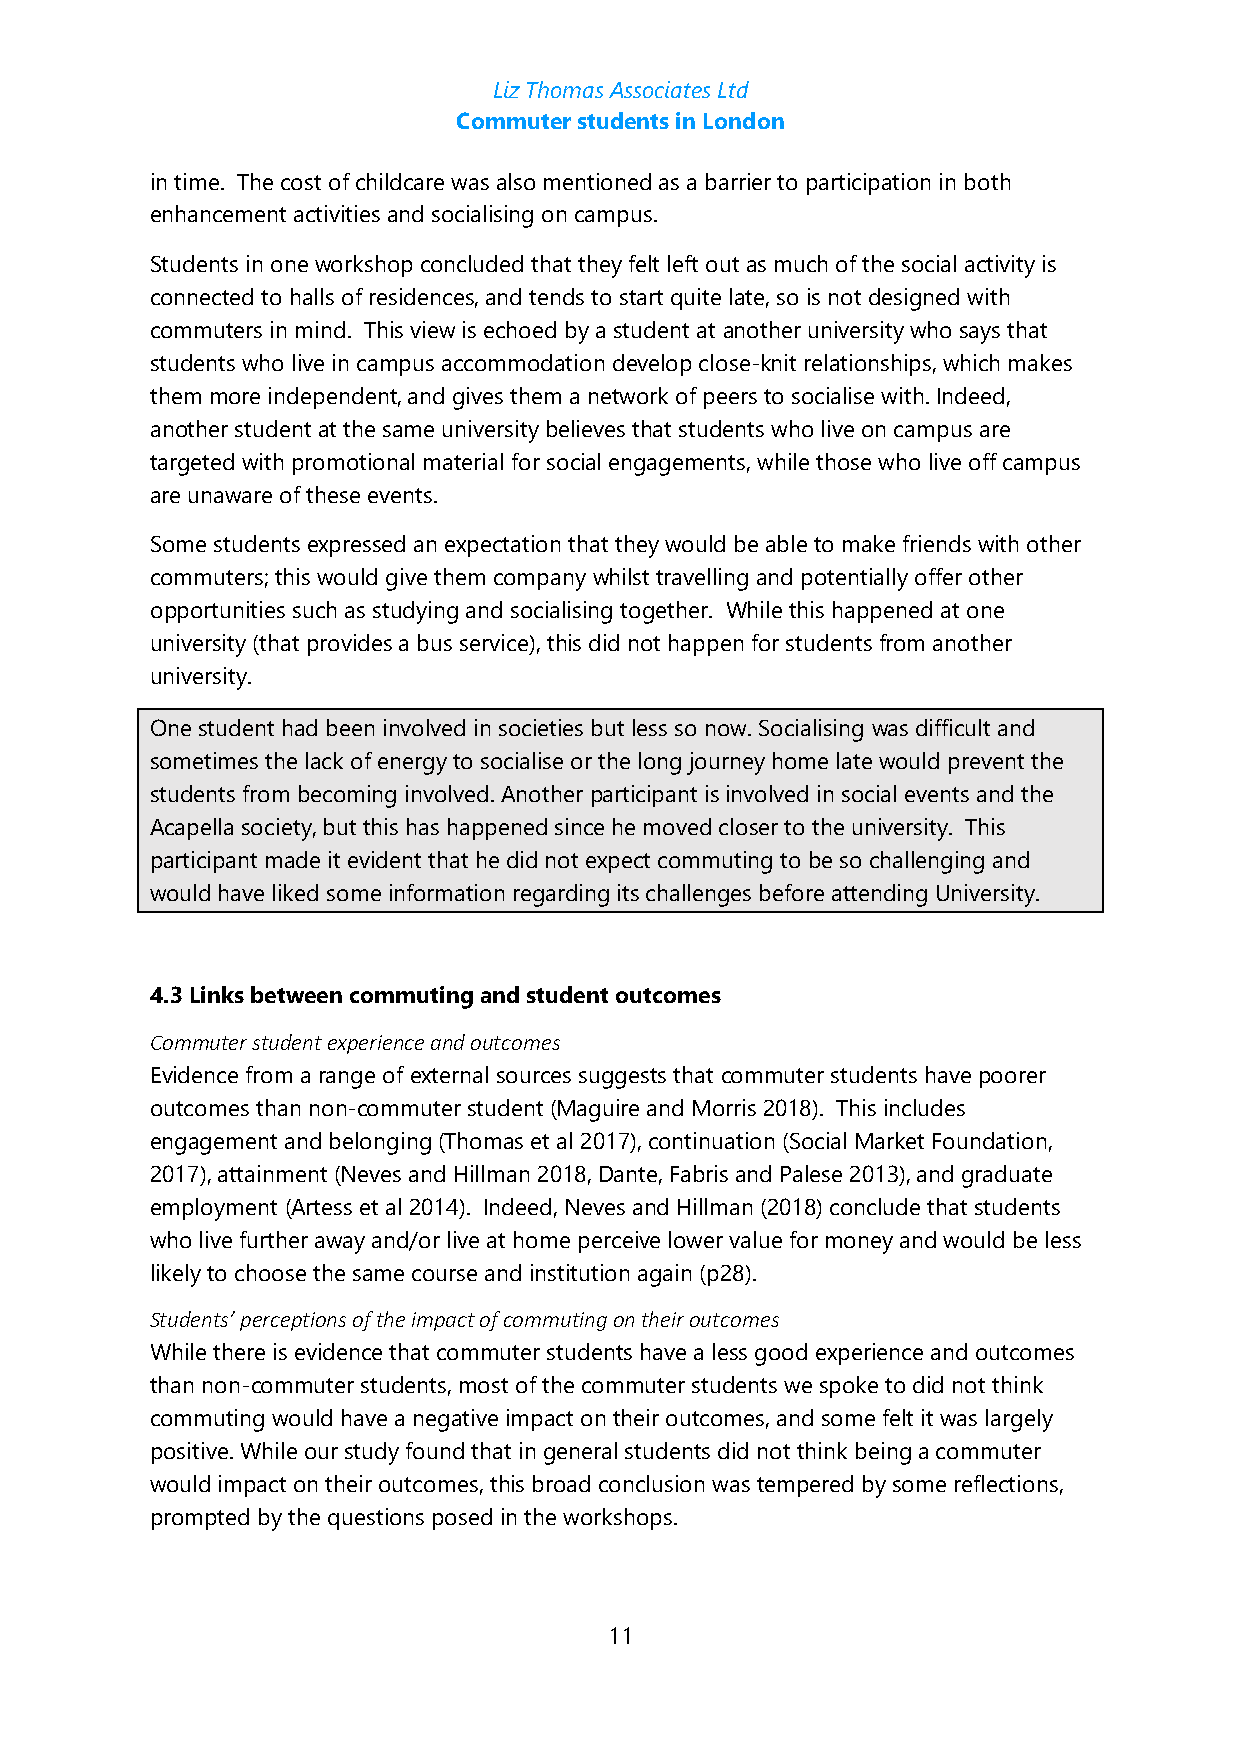
Liz Thomas Associates Ltd
 Commuter students in London
 in time. The cost of childcare was also mentioned as a barrier to participation in both
 enhancement activities and socialising on campus.
 Students in one workshop concluded that they felt left out as much of the social activity is
 connected to halls of residences, and tends to start quite late, so is not designed with
 commuters in mind. This view is echoed by a student at another university who says that
 students who live in campus accommodation develop close-knit relationships, which makes
 them more independent, and gives them a network of peers to socialise with. Indeed,
 another student at the same university believes that students who live on campus are
 targeted with promotional material for social engagements, while those who live off campus
 are unaware of these events.
 Some students expressed an expectation that they would be able to make friends with other
 commuters; this would give them company whilst travelling and potentially offer other
 opportunities such as studying and socialising together. While this happened at one
 university (that provides a bus service), this did not happen for students from another
 university.
 One student had been involved in societies but less so now. Socialising was difficult and
 sometimes the lack of energy to socialise or the long journey home late would prevent the
 students from becoming involved. Another participant is involved in social events and the
 Acapella society, but this has happened since he moved closer to the university. This
 participant made it evident that he did not expect commuting to be so challenging and
 would have liked some information regarding its challenges before attending University.
 4.3 Links between commuting and student outcomes
 Commuter student experience and outcomes
 Evidence from a range of external sources suggests that commuter students have poorer
 outcomes than non-commuter student (Maguire and Morris 2018). This includes
 engagement and belonging (Thomas et al 2017), continuation (Social Market Foundation,
 2017), attainment (Neves and Hillman 2018, Dante, Fabris and Palese 2013), and graduate
 employment (Artess et al 2014). Indeed, Neves and Hillman (2018) conclude that students
 who live further away and/or live at home perceive lower value for money and would be less
 likely to choose the same course and institution again (p28).
 Students’ perceptions of the impact of commuting on their outcomes
 While there is evidence that commuter students have a less good experience and outcomes
 than non-commuter students, most of the commuter students we spoke to did not think
 commuting would have a negative impact on their outcomes, and some felt it was largely
 positive. While our study found that in general students did not think being a commuter
 would impact on their outcomes, this broad conclusion was tempered by some reflections,
 prompted by the questions posed in the workshops.
 11